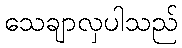
သေချာလှပါသည်